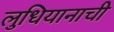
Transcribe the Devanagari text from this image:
लुधियानाची